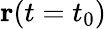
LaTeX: \mathbf{r}(t=t_{0})